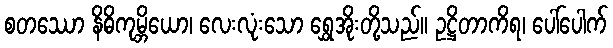
စတဿော နိဓိကုမ္ဘိယော၊ လေးလုံးသော ရွှေအိုးတို့သည်။ ဥဋ္ဌိတာကိရ၊ ပေါ်ပေါက်